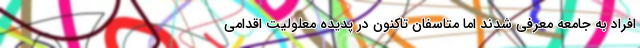
افراد به جامعه معرفی شدند اما متاسفان تاکنون در پدیده معلولیت اقدامی